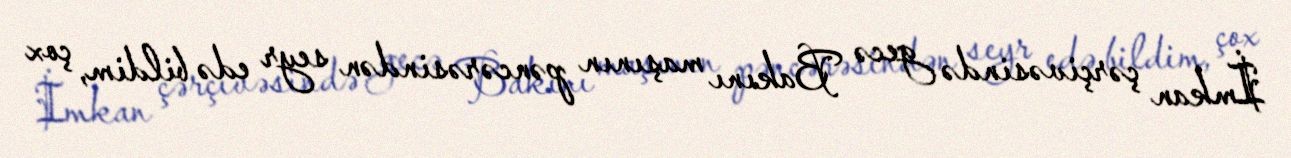
İmkan çərçivəsində gecə Bakını maşının pəncərəsindən seyr edə bildim, çox